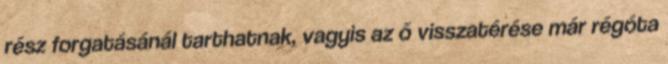
rész forgatásánál tarthatnak, vagyis az ő visszatérése már régóta